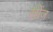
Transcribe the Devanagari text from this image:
खींज